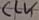
Text: CLK